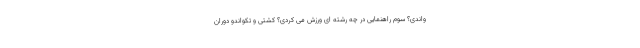
واندی؟ سوم راهنمایی در چه رشته ای ورزش می کردی؟ کشتی و تکواندو دوران